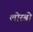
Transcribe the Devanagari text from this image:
लोरबो